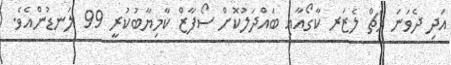
އަދި ދެވަނަ މެޗް ލެޒަރ ކާގޯއާއި ބައްދަލުކޮށް ސޯފާޒް ކާމިޔާބުކުރީ 99 ލަނޑުންއެވެ.